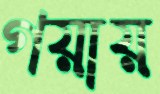
গয়ায়